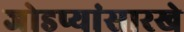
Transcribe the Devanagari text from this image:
जोडप्यांसारखे